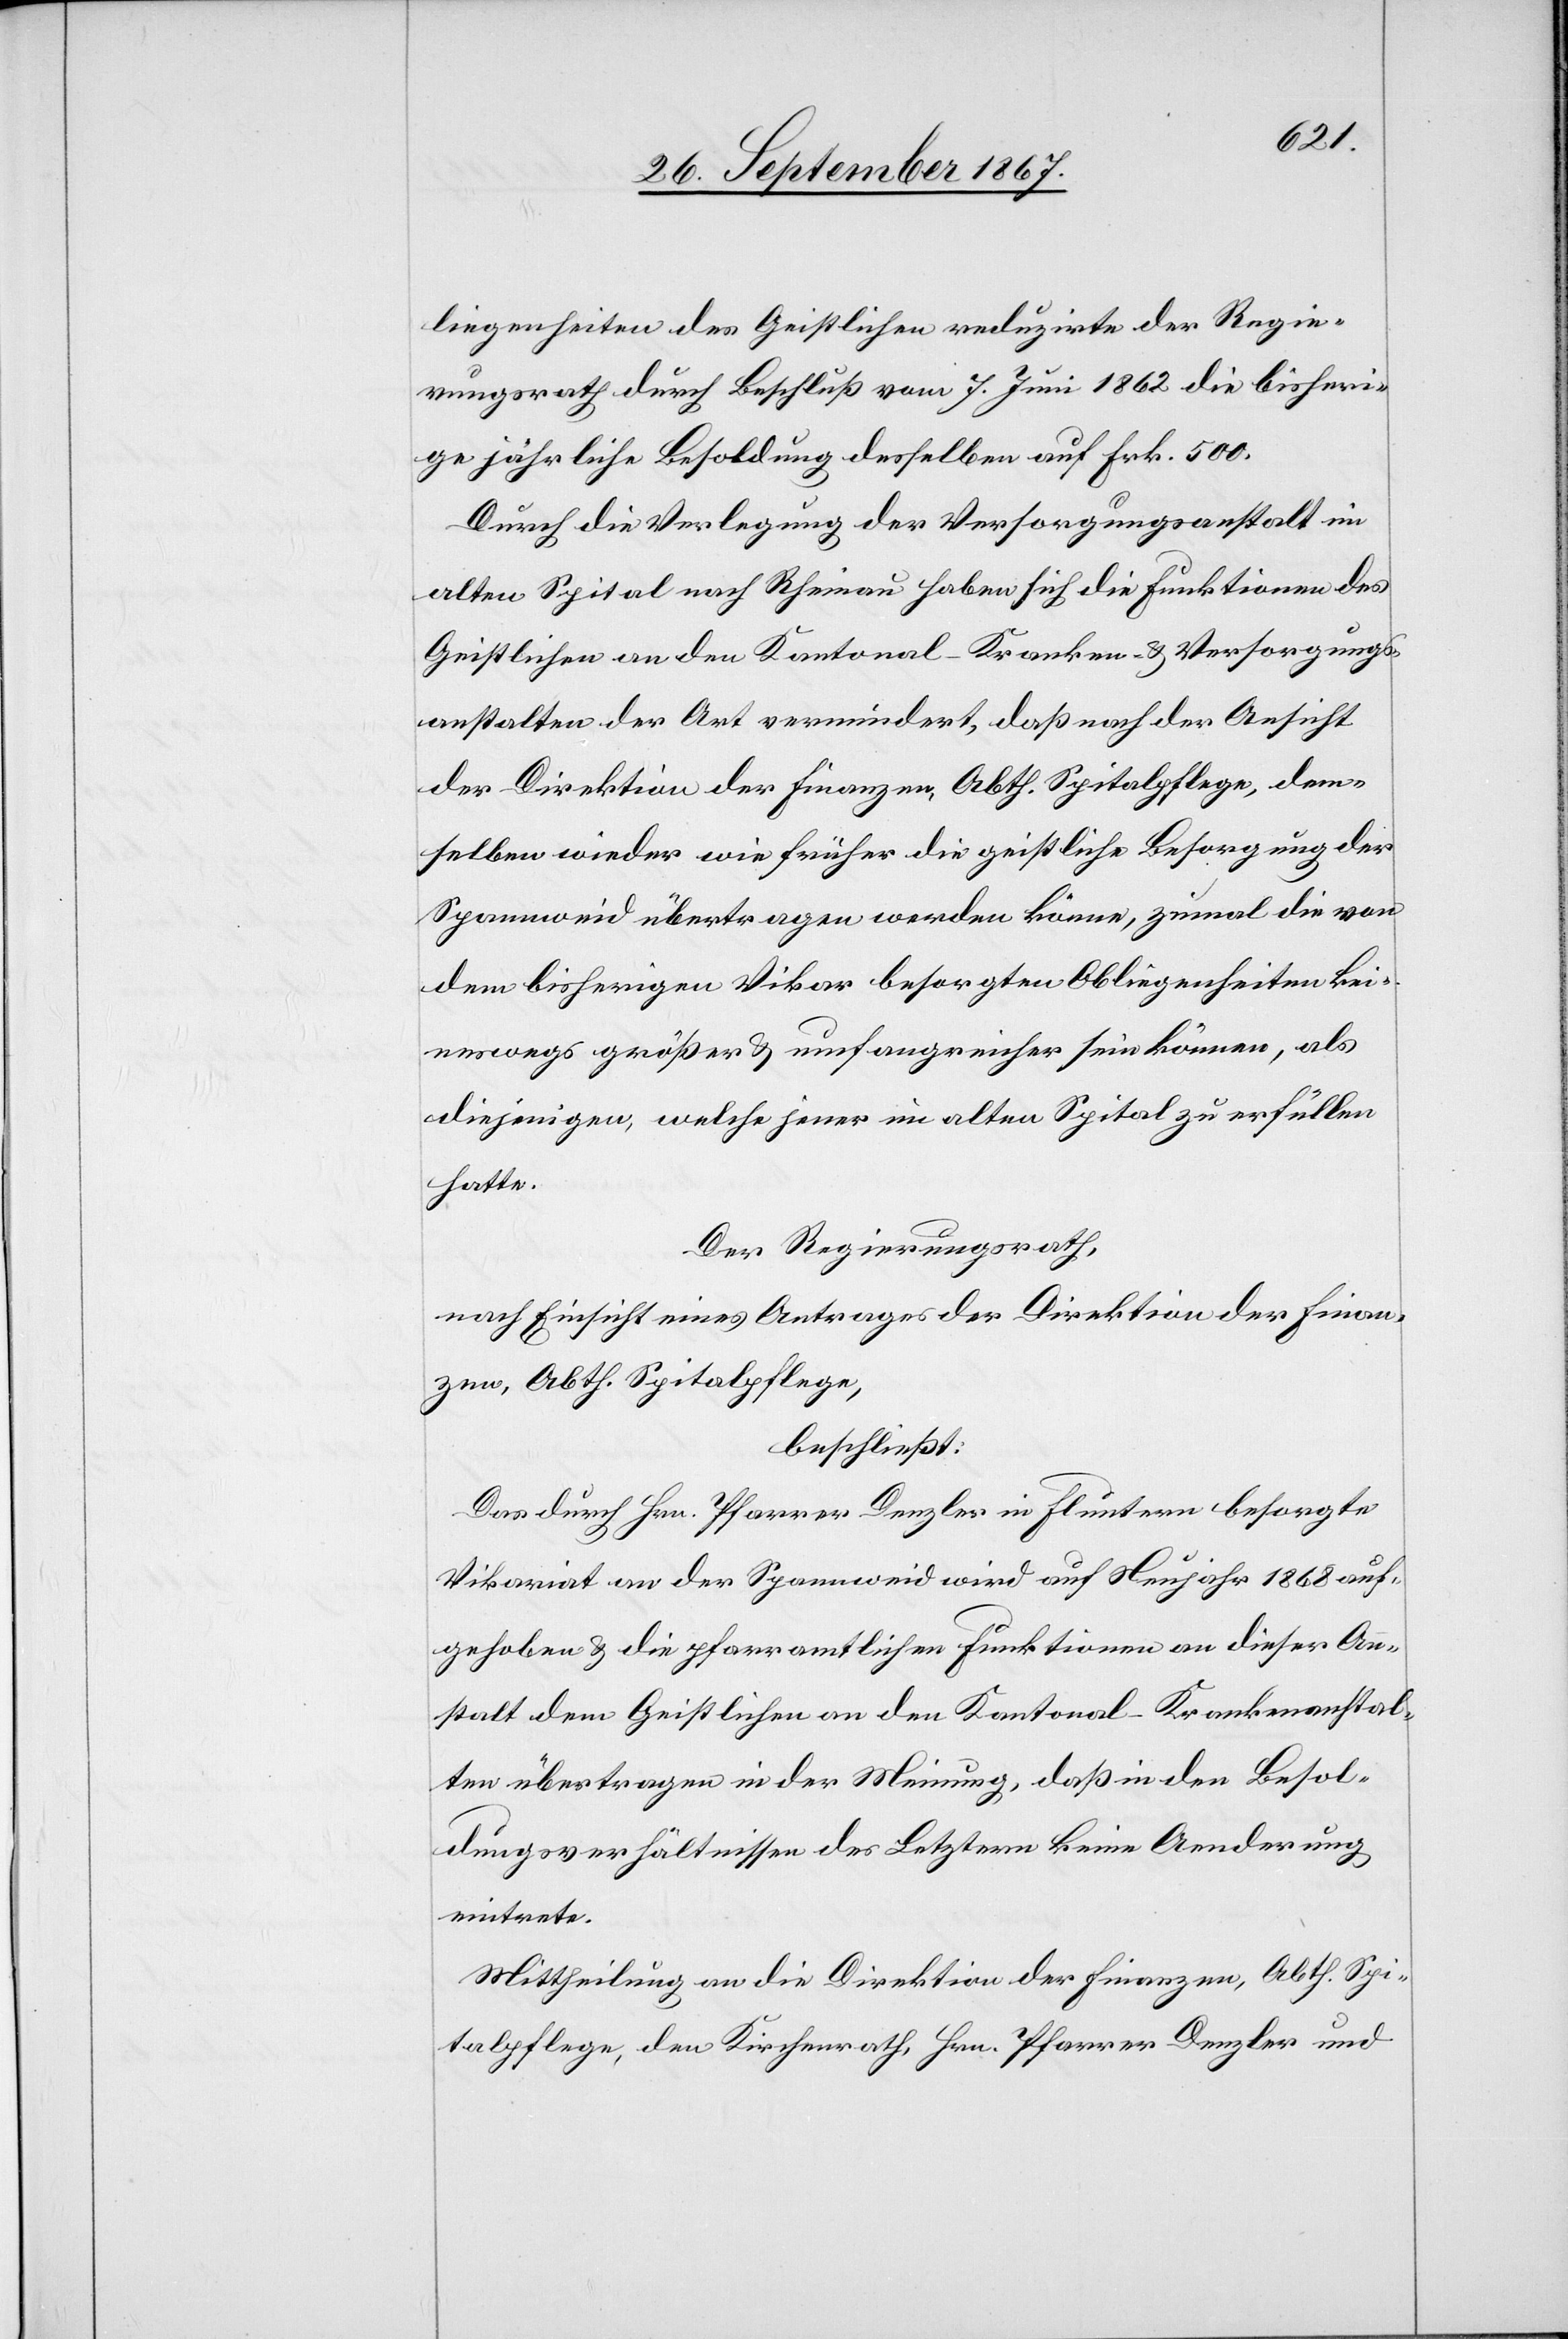
liegenheiten des Geistlichen reduzirte der Regie¬
rungsrath durch Beschluß vom 7. Juni 1862 die bisheri¬
ge jährliche Besoldung desselben auf Frk. 500.
Durch die Verlegung der Versorgungsanstalt im
alten Spital nach Rheinau haben sich die Funktionen des
Geistlichen an den Kantonal-Kranken- u. Versorgungs¬
anstalten der Art vermindert, daß nach der Ansicht
der Direktion der Finanzen, Abth. Spitalpflege, dem¬
selben wieder wie früher die geistliche Besorgung der
Spannweid übertragen werden könne, zumal die von
dem bisherigen Vikar besorgten Obliegenheiten kei¬
neswegs größere u. umfangreichere sein können, als
diejenigen, welche jener im alten Spital zu erfüllen
hatte.
Der Regierungsrath,
nach Einsicht eines Antrages der Direktion der Finan¬
zen, Abth. Spitalpflege,
beschließt:
Das durch Hrn. Pfarrer Denzler in Fluntern besorgte
Vikariat an der Spannweid wird auf Neujahr 1868 auf¬
gehoben u. die pfarramtlichen Funktionen an dieser An¬
stalt dem Geistlichen an den Kantonal-Krankenanstal¬
ten übertragen in der Meinung, daß in den Besol¬
dungsverhältnissen des Letztern keine Aenderung
eintrete.
Mittheilung an die Direktion der Finanzen, Abth. Spi¬
talpflege, den Kirchenrath, Hrn. Pfarrer Denzler und